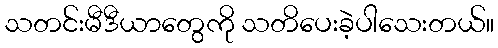
သတင်းမီဒီယာတွေကို သတိပေးခဲ့ပါသေးတယ်။